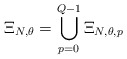
\begin{align*}\Xi_{N,\theta}=\bigcup_{p=0}^{Q-1} \Xi_{N,\theta,p}\end{align*}